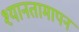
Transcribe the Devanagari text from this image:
श्यानतामापन